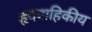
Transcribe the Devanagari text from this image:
हृदवाहिकीय